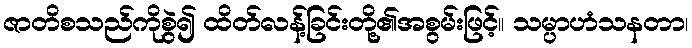
ဇာတိစသည်ကိုစွဲ၍ ထိတ်လန့်ခြင်းတို့၏အစွမ်းဖြင့်။ သမ္ပာဟံသနတာ၊